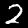
Digit: 2